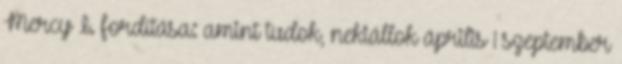
Mercy I. fordítása: amint tudok, nekiállok április 1 szeptember